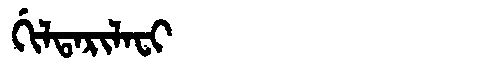
Manchu: ᡤᡳᠯᡨᠠᡵᡳᠯᠠᠸᡳ
Romanization: GILTARILAFI